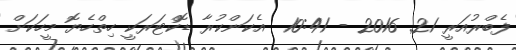
ފެބްރުއަރީ 21